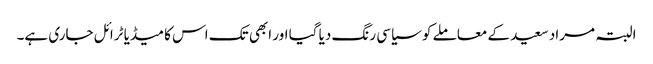
البتہ مراد سعید کے معاملے کو سیاسی رنگ دیا گیا اور ابھی تک اس کا میڈیا ٹرائل جاری ہے۔